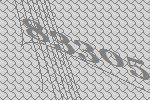
83305